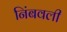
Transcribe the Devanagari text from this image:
निंबवली